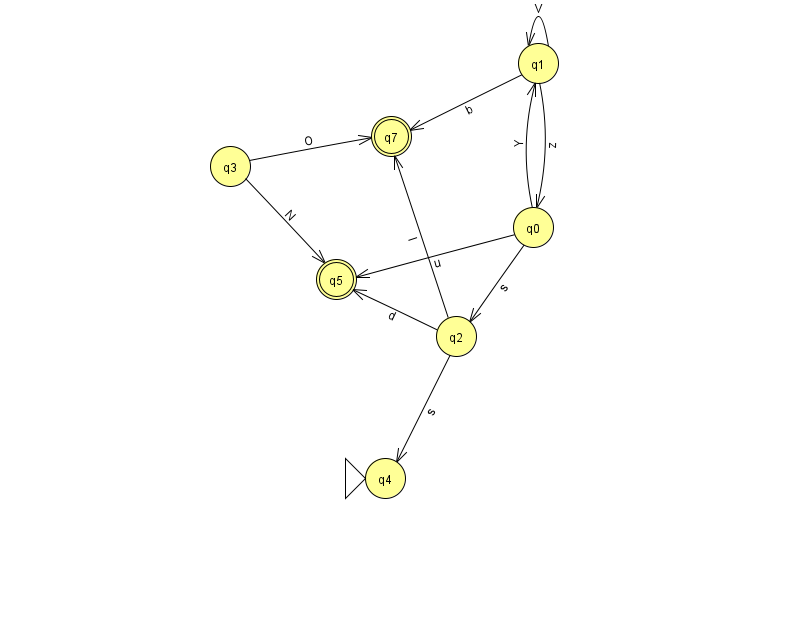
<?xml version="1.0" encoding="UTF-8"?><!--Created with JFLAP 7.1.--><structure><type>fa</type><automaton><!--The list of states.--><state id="0" name="q0"><x>533.0</x><y>214.0</y></state><state id="1" name="q1"><x>538.0</x><y>50.0</y></state><state id="2" name="q2"><x>456.0</x><y>323.0</y></state><state id="3" name="q3"><x>230.0</x><y>153.0</y></state><state id="4" name="q4"><x>385.0</x><y>465.0</y><initial/></state><state id="5" name="q5"><x>336.0</x><y>266.0</y><final/></state><state id="7" name="q7"><x>391.0</x><y>123.0</y><final/></state><!--The list of transitions.--><transition><from>3</from><to>5</to><read>N</read></transition><transition><from>2</from><to>5</to><read>d</read></transition><transition><from>1</from><to>1</to><read>V</read></transition><transition><from>3</from><to>7</to><read>O</read></transition><transition><from>1</from><to>0</to><read>z</read></transition><transition><from>2</from><to>7</to><read>I</read></transition><transition><from>2</from><to>4</to><read>s</read></transition><transition><from>0</from><to>1</to><read>Y</read></transition><transition><from>0</from><to>2</to><read>s</read></transition><transition><from>0</from><to>5</to><read>u</read></transition><transition><from>1</from><to>7</to><read>b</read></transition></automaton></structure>